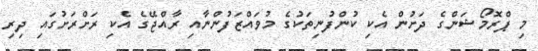
މި ޕްރޮމޯޝަންގެ ދަށުން އެކި ކުންފުނިތަކުގެ މުވައްޒަފުންނާއި ރާއްޖޭގެ އެކި ރަށްރަށުގައި ދިރި